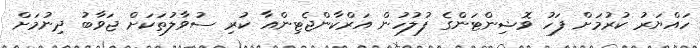
ހައްޔަރު ކުރުމަށް ފަހު ވޮޝިންޓަންގެ ފުލުހުން އަރްކާންޖެޓިންއާ ކުރި ސުވާލުތަކަށް ޖަވާބު ދިނުމަށް